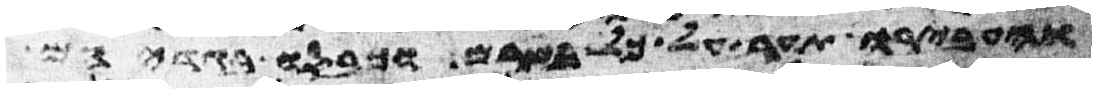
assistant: והעבירו תער על כל בשרם וכבסו בגדיהם